Indian journal of veterinary science and animal husbandry - Volumes 22-23, 1952-1953
Year: 1952
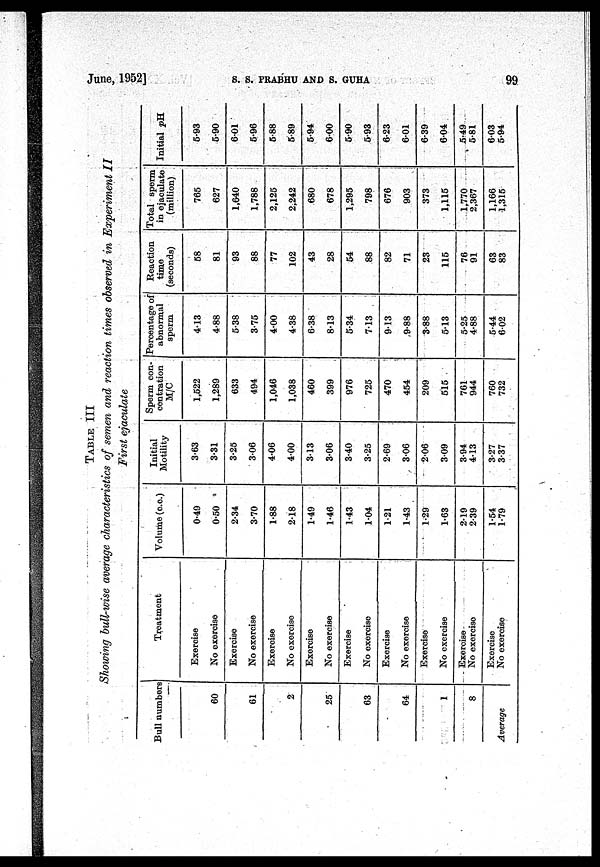
June, 1952]
S.
S.
PRABHU
AND
S.
GUHA
99
TABLE III
Showing bull-wise average characteristics of semen and reaction times observed in Experiment II
First ejaculate
Bull numbers
60
61
2
25
63
64
1
8
Average
Treatment
Exercise
No exercise
Exercise
No exercise
Exercise
No exercise
Exercise
No exercise
Exercise
No exercise
Exercise
No exercise
Exercise
No exercise
Exercise
No exercise
Exercise
No exercise
Volume (c.c.)
0.49
0.50
2.34
3.70
1.88
2.18
1.49
1.46
1.43
1.04
1.21
1.43
1.29
1.63
2.19
2.39
1.54
1.79
Initial
Motility
3.63
3.31
3.25
3.06
4.06
400
313
3.06
3.40
3.25
2.69
3.06
2.06
3.09
3.94
4.13
3.27
3.37
Sperm con-
centration
M/C
1,522
1,289
633
494
1,046
1,038
460
399
976
725
470
454
209
515
761
944
760
732
Percentage of
abnormal
sperm
4.13
4.88
5.38
3.75
4.00
4.38
6.38
8.13
5.34
7.13
9.13
9.88
3.88
5.13
5.25
4.88
5.44
6.02
Reaction
time
(seconds)
58
81
93
88
77
102
43
28
54
88
82
71
23
115
76
91
63
83
Total sperm
in ejaculate
(million)
765
627
1,640
1,788
2,125
2,242
680
678
1,295
798
676
903
373
1,115
1,770
2,367
1,166
1,315
Initial pH.
5.93
5.90
601
5.96
5.88
5.89
5.94
6.00
5.90
5.93
6.23
6.01
6.39
6.04
5.49
5.81
6.03
5.94